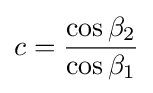
c={\frac {\cos \beta _{2}}{\cos \beta _{1}}}